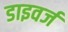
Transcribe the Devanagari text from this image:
डाइवर्ज